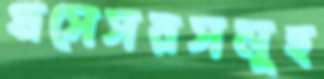
প্রসেসরসমূহ